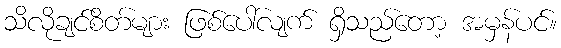
သိလိုချင်စိတ်များ ဖြစ်ပေါ်လျက် ရှိသည်တော့ အမှန်ပင်။